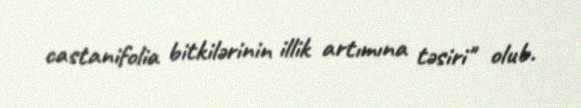
castanifolia bitkilərinin illik artımına təsiri" olub.